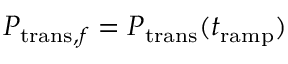
P _ { \mathrm { t r a n s } , f } = P _ { \mathrm { t r a n s } } ( t _ { \mathrm { r a m p } } )